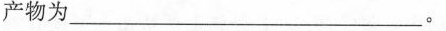
产物为___。